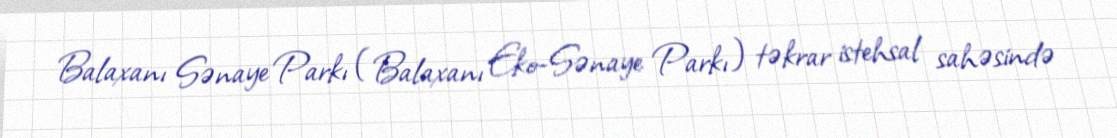
Balaxanı Sənaye Parkı (Balaxanı Eko-Sənaye Parkı) təkrar istehsal sahəsində